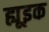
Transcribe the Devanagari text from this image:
ह्यूइक